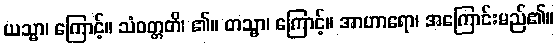
ယသ္မာ၊ ကြောင့်။ သံဝတ္တတိ၊ ၏။ တသ္မာ၊ ကြောင့်။ အာဟာရော၊ အကြောင်းမည်၏။